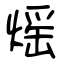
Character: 熎